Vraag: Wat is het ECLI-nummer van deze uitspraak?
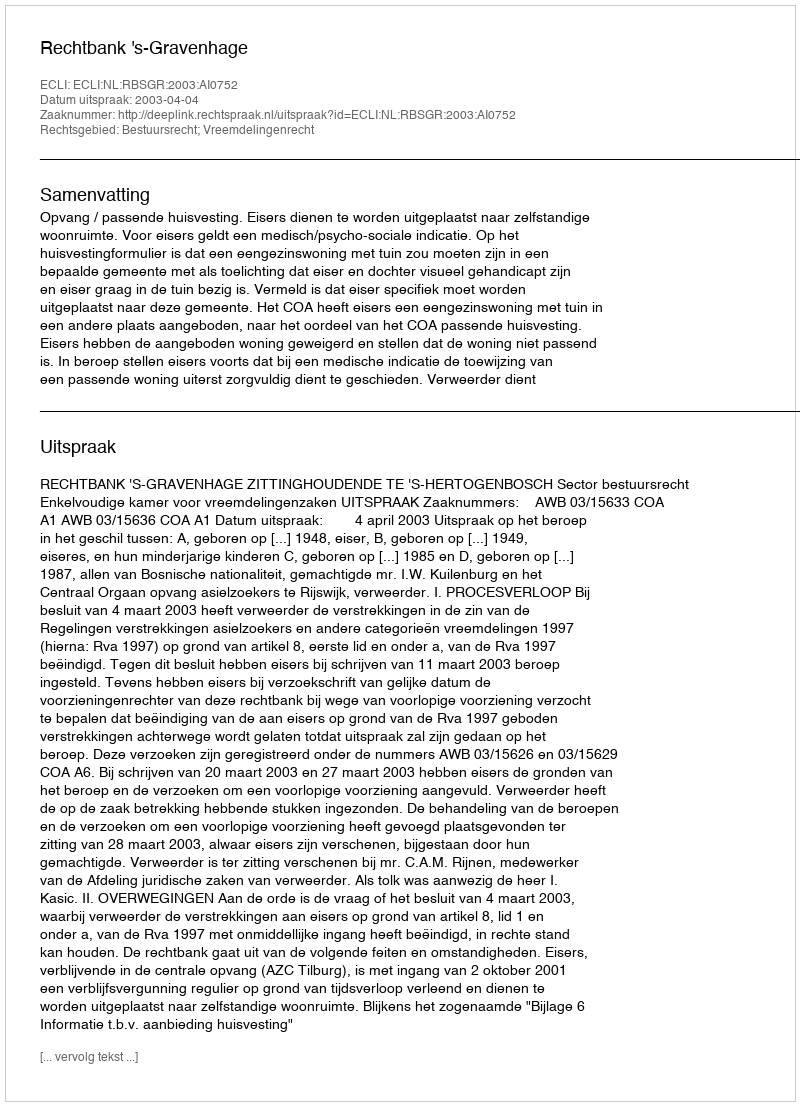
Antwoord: ECLI:NL:RBSGR:2003:AI0752